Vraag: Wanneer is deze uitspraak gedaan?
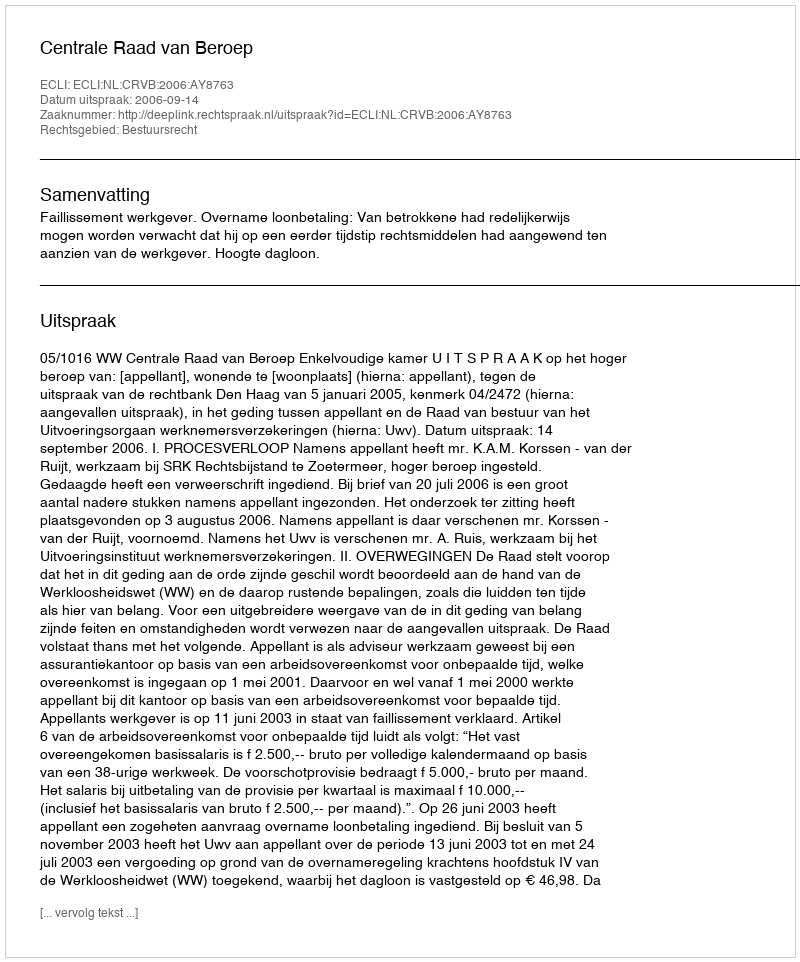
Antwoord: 2006-09-14